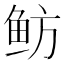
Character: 鲂